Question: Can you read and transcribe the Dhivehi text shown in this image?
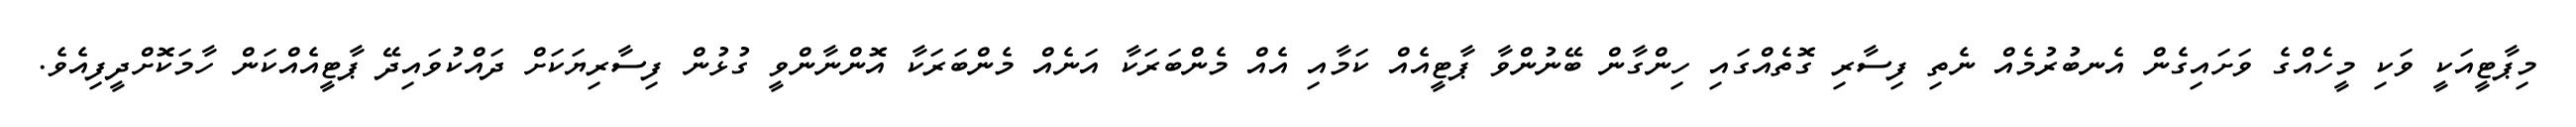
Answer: މިޕާޓީއަކީ ވަކި މީހެއްގެ ވަށައިގެން އެނބުރުމެއް ނެތި ފިސާރި ގޮތެއްގައި ހިންގާން ބޭނުންވާ ޕާޓީއެއް ކަމާއި އެއް މެންބަރަކާ އަނެއް މެންބަރަކާ އޮންނާންވީ ގުޅުން ފިސާރިޔަކަށް ދައްކުވައިދޭ ޕާޓީއެއްކަން ހާމަކޮށްދީފިއެވެ.